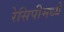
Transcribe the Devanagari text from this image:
रेसिपीमध्ये